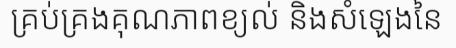
គ្រប់គ្រងគុណភាពខ្យល់ និងសំឡេងនៃ